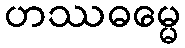
ဟဿဓမ္မေ